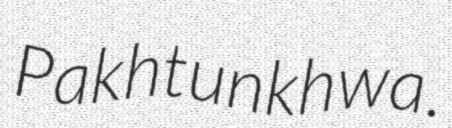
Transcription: Pakhtunkhwa.